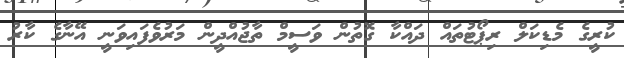
ކުރީގެ މެޑިކަލް ރިޕޯޓުތައް ދައްކާ ގޮތުން ވަސީމް ތާޖުއްދީން މަރުވެފައިވަނީ އޭނާގެ ކާރު